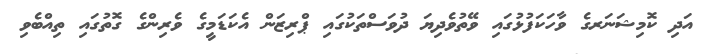
އަދި ކޮމިޝަނަރގެ ވާހަކަފުޅުގައި ވޭތުވެދިޔަ ދުވަސްތަކުގައި ޕްރިޒަން އެކަޑަމީގެ ވެރިންގެ ގޮތުގައި ތިއްބެވި